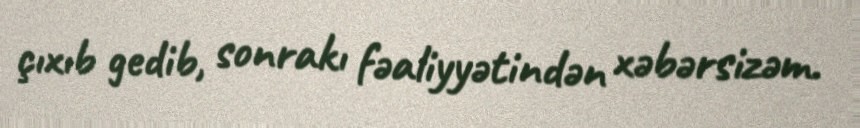
çıxıb gedib, sonrakı fəaliyyətindən xəbərsizəm.